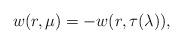
LaTeX: \begin{align*} w(r, \mu) = -w(r,\tau(\lambda)), \end{align*}